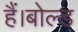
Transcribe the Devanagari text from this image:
हैं।बोल्ड